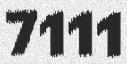
7111